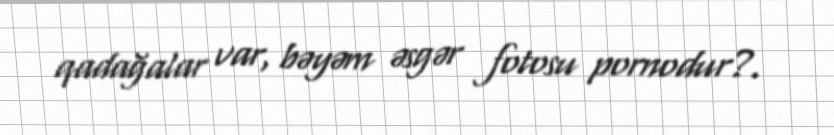
qadağalar var, bəyəm əsgər fotosu pornodur?.